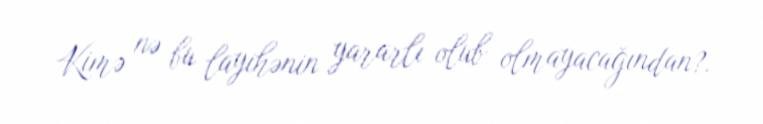
Kimə nə bu layihənin yararlı olub olmayacağından?.